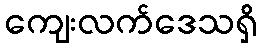
ကျေးလက်ဒေသရှိ